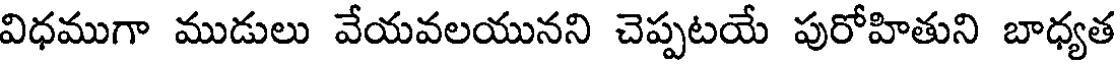
విధముగా ముడులు వేయవలయునని చెప్పటయే పురోహితుని బాధ్యత